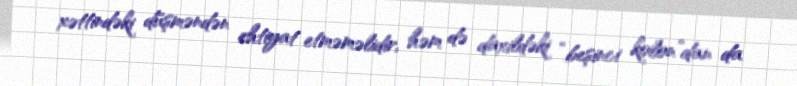
xəttindəki düşməndən ehtiyat etməməlidir, həm də daxildəki “beşinci kolon”dan da